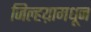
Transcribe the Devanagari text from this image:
जिल्हय़ामधून